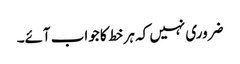
ضروری نہیں کہ ہر خط کا جواب آئے۔